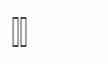
٧٥